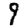
Digit: 9